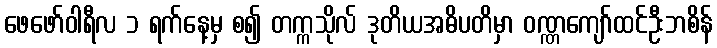
ဖေဖော်ဝါရီလ ၁ ရက်နေ့မှ စ၍ တက္ကသိုလ် ဒုတိယအဓိပတိမှာ ဝဏ္ဏကျော်ထင်ဦးဘစိန်